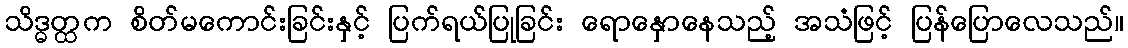
သိဒ္ဓတ္ထက စိတ်မကောင်းခြင်းနှင့် ပြက်ရယ်ပြုခြင်း ရောနှောနေသည့် အသံဖြင့် ပြန်ပြောလေသည်။